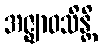
အဇ္ဈာဝသိန္တိ